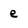
Character: e